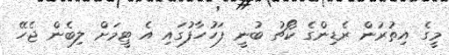
މީގެ އިތުރުން ރެޑިންގެ ކޯޗު ބުނީ ފަހުހާފުގައި އެ ޓީމަށް ލިބެން ޖެހޭ